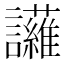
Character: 𮙈